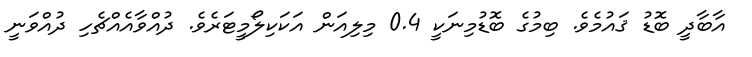
އާބާދީ ބޮޑު ޤައުމެވެ. ބިމުގެ ބޮޑުމިނަކީ 0.4 މިލިއަން އަކަކިލޯމީޓަރެވެ. ދުއްވާއެއްޗެހި ދުއްވަނީ